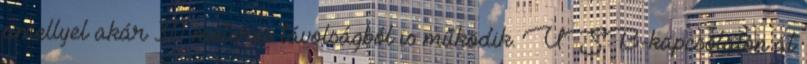
amellyel akár 30 méteres távolságból is működik. USB-kapcsolaton át